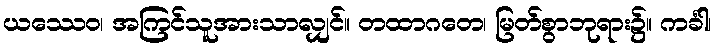
ယဿေဝ၊ အကြင်သူအားသာလျှင်။ တထာဂတေ၊ မြတ်စွာဘုရား၌။ ကင်္ခါ၊